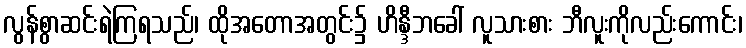
လွန်စွာဆင်းရဲကြရသည်၊ ထိုအတောအတွင်း၌ ဟိန္ဒီဘခေါ် လူသားစား ဘီလူးကိုလည်းကောင်း၊